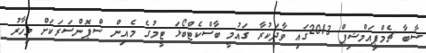
ސާބާ ޗެމްޕިއަމްޝިޕް 2013ގައި ވާދަކުރާ ގައުމީ ބާސްކެޓްބޯޅަ ޓީމުގެ މެއިން ސްޕޮންސަރަކަށް މިހާރު